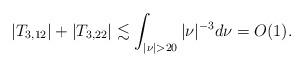
LaTeX: \begin{align*}|T_{3,12}| + |T_{3,22}| \lesssim \int_{|\nu|>20} |\nu|^{-3}d\nu = O(1).\end{align*}